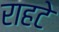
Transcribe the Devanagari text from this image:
राहटे